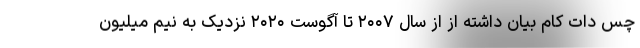
چس دات کام بیان داشته از از سال ۲۰۰۷ تا آگوست ۲۰۲۰ نزدیک به نیم میلیون